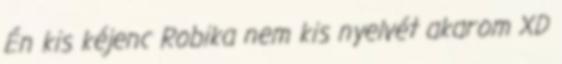
Én kis kéjenc Robika nem kis nyelvét akarom XD